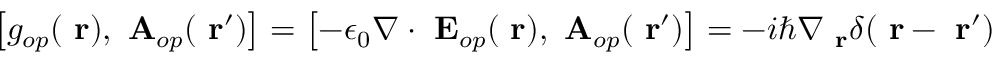
\left[ g _ { o p } ( \mathrm { \bf ~ r } ) , \mathrm { \bf ~ A } _ { o p } ( \mathrm { \bf ~ r } ^ { \prime } ) \right] = \left[ - \epsilon _ { 0 } \nabla \cdot \mathrm { \bf ~ E } _ { o p } ( \mathrm { \bf ~ r } ) , \mathrm { \bf ~ A } _ { o p } ( \mathrm { \bf ~ r } ^ { \prime } ) \right] = - i \hbar \nabla _ { \mathrm { \bf ~ r } } \delta ( \mathrm { \bf ~ r } - \mathrm { \bf ~ r } ^ { \prime } )